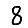
Digit: 8